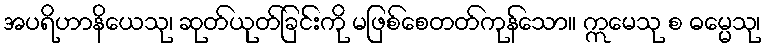
အပရိဟာနိယေသု၊ ဆုတ်ယုတ်ခြင်းကို မဖြစ်စေတတ်ကုန်သော။ ဣမေသု စ ဓမ္မေသု၊